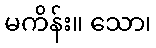
မကိန်း။ သော၊